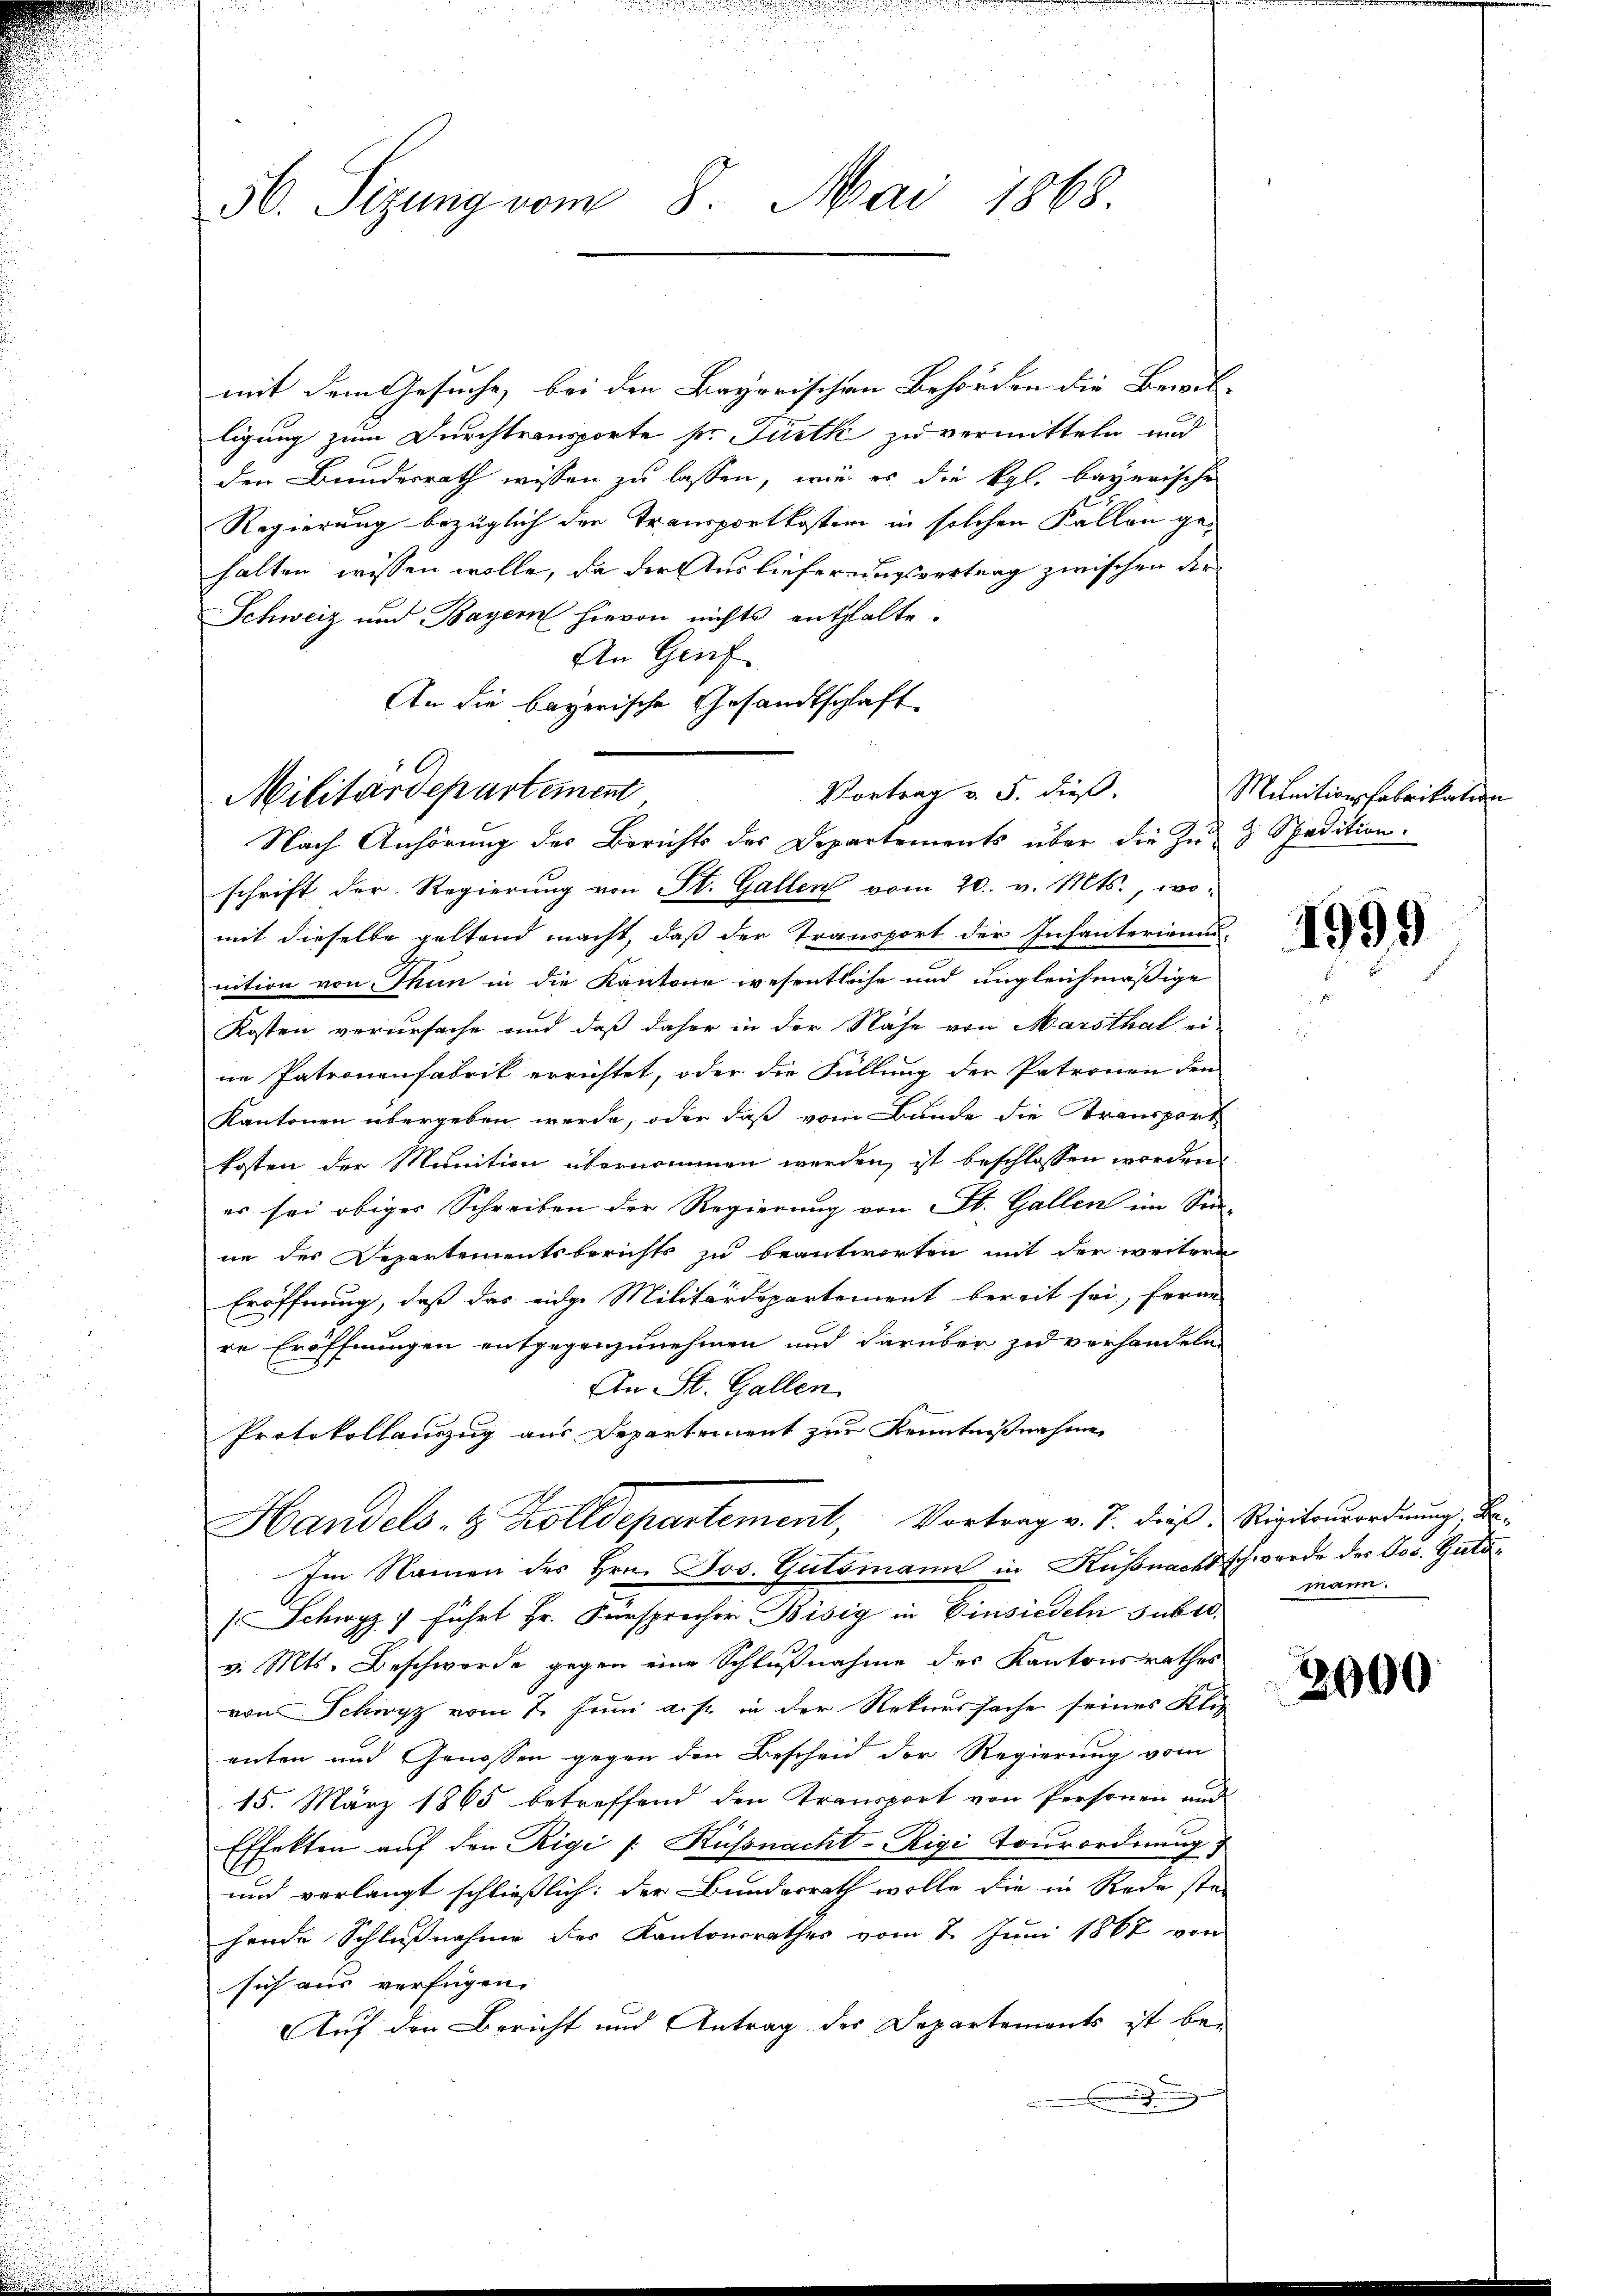
mit dem Gesuche, bei den Bayerischen Behörden die Bewil- |
ligung zum Durchtransporte pr. Fürth zu vermitteln und
den Bundesrath wissen zu lassen, wie es die Kgl. bayerische
Regierung bezüglich der Transportkoster in solchen Fällen gehalten wissen wolle, da der Auslieferungsvertrag zwischen der
Schweiz und Bayern hievon nichts enthalte.
An Greif
An die bayerische Gesandtschaft
schrift der Regierung von St. Gallen vom 20. v. Mts., wo-
mit dieselbe geltend macht, daß der Transport der Infanterien-
nition von Thun in die Kantone wesentliche und ungleichmäßige
Kosten verursache und daß daher in der Nähe von Marsthal ei
ne Patronenfabrik errichtet, oder die Füllung der Paternen den
Kantonen übergeben werde, oder daß vom Bunde die Transport
kosten der Munition übernommen werden, ist beschlossen worden
es sei obiger Schreiben der Regierung von St. Gallen im Son-
ne des Departementsberichts zu beantworten mit der weitere
Eröffnung, daß das eidge Militärdepartement bereit sei, ferne
re Eröffnungen entgegenzunehmen und darüber zu verhandeln
An St. Gallen.
Protokollauszug aus Departement zur Kenntnißnahme
Handels- & Zolldepartement, Vortrag v. J. dieß, Visitonsordnung, Be¬
Im Namen des Hrn. Jos. Gutsmann in Küßnach schwerde des Jos. Guto¬
(Schwyz führt Hr. Fürsprecher Bisig in Einsiedeln subst.
v. Mts. Beschwerde gegen eine Schlußnahme des Kantonsrathes
von Schwyz vom 7. Juni a. p. in der Rekurssache seines Klip
enten und Genossen gegen den Bescheid der Regierung vom
15. März 1865 betreffend den Transport von Personen und
Effekten aŭf den Rigi /: Küβnacht-Rigi Tourordnung)
und verlangt schließlich: der Bundesrath wolle die in Rede ste-
hende Schlußnahme des Kantonsrathes vom 2. Juni 1867 von
sich aus verfügen.
Auf den Bericht und Antrag der Departements ist be¬

56. Sizung vom 8. Mai 1868.

Militärdepartement,
Nach Anhörung des Berichts des Departements über die Zu- & Spedition.

Vortrag v. 5. dieß

Munitionsfabrikation

1999

mann.

2000